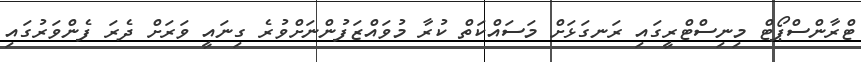
ޓްރާންސްޕޯޓް މިނިސްޓްރީގައި ރަނގަޅަށް މަސައްކަތް ކުރާ މުވައްޒަފުންނަށްވުރެ ގިނައީ ވަރަށް ދެރަ ފެންވަރުގައި